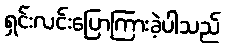
ရှင်းလင်းပြောကြားခဲ့ပါသည်